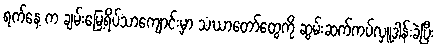
ရက်နေ့ က ချမ်းမြေ့ရိပ်သာကျောင်းမှာ သံဃာတော်တွေကို ဆွမ်းဆက်ကပ်လှူဒါန်းခဲ့ပြီး